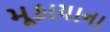
મૂકાયાના